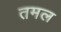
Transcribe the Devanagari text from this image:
तमल